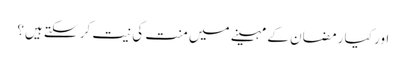
اور کیا رمضان کے مہینے میں منت کی نیت کر سکتے ہیں؟